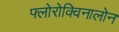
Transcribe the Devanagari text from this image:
फ्लोरोक्विनालोन